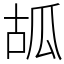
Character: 㼋